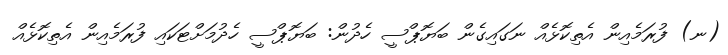
(ނ) ފުރަމެއިން އެތިކޮޅެއް ނަގައިގެން ބަޔޮޕްސީ ހެދުން: ބަޔޮޕްސީ ހެދުމަށްޓަކައި ފުރަމެއިން އެތިކޮޅެއް